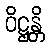
ဝိဋ္ဌန္တိ